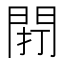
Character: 𨴆